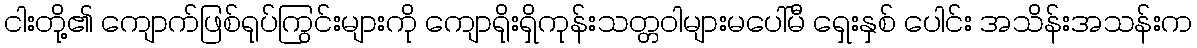
ငါးတို့၏ ကျောက်ဖြစ်ရုပ်ကြွင်းများကို ကျောရိုးရှိကုန်းသတ္တဝါများမပေါ်မီ ရှေးနှစ် ပေါင်း အသိန်းအသန်းက